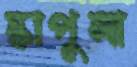
স্কাপুলা